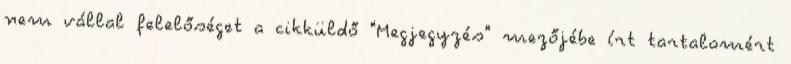
nem vállal felelőséget a cikküldő "Megjegyzés" mezőjébe írt tartalomért